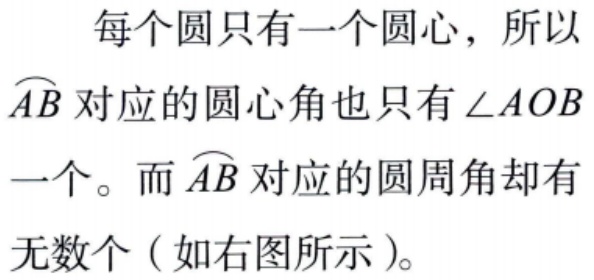
每个圆只有一个圆心，所以$\overset{\frown}{AB}$对应的圆心角也只有$\angle AOB$一个。而$\overset{\frown}{AB}$对应的圆周角却有无数个（如右图所示）。